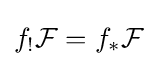
f_{!}{\mathcal {F}}=f_{*}{\mathcal {F}}